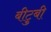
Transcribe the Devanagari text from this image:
बीटुबी